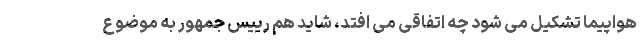
هواپیما تشکیل می شود چه اتفاقی می افتد، شاید هم رییس جمهور به موضوع